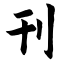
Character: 刊